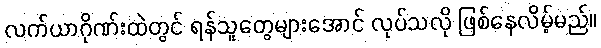
လက်ယာဂိုဏ်းထဲတွင် ရန်သူတွေများအောင် လုပ်သလို ဖြစ်နေလိမ့်မည်။